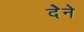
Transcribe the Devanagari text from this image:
देेने